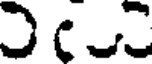
D